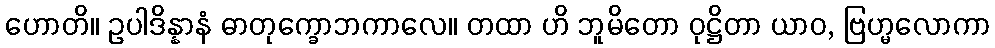
ဟောတိ။ ဥပါဒိန္နာနံ ဓာတုက္ခောဘကာလေ။ တထာ ဟိ ဘူမိတော ဝုဋ္ဌိတာ ယာဝ, ဗြဟ္မလောကာ